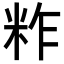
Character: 𥹁